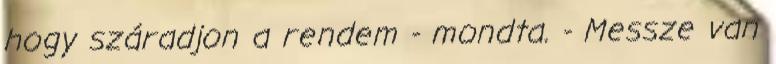
hogy száradjon a rendem - mondta. - Messze van